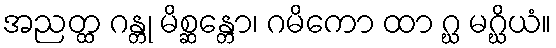
အညတ္ထ ဂန္တု မိစ္ဆန္တော၊ ဂမိကော ထာ ဂ္ဃ မဂ္ဃိယံ။